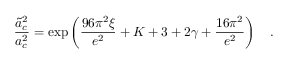
{ \frac { \tilde { a } _ { c } ^ { 2 } } { a _ { c } ^ { 2 } } } = \exp \left( { \frac { 9 6 \pi ^ { 2 } \xi } { e ^ { 2 } } } + K + 3 + 2 \gamma + { \frac { 1 6 \pi ^ { 2 } } { e ^ { 2 } } } \right) ~ ~ ~ .